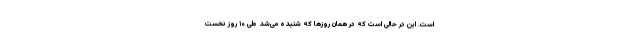
است. این در حالی است که در همان روزها که شنیده می‌شد طی ۱۰ روز نخست